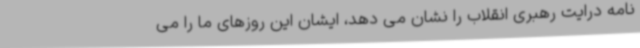
نامه درایت رهبری انقلاب را نشان می دهد، ایشان این روزهای ما را می